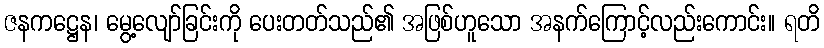
ဇနကဋ္ဌေန၊ မွေ့လျော်ခြင်းကို ပေးတတ်သည်၏ အဖြစ်ဟူသော အနက်ကြောင့်လည်းကောင်း။ ရတိ